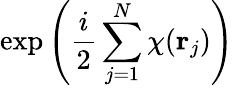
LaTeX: \exp\left({\frac{i}{2}}\sum_{j=1}^{N}\chi({\mathbf r}_{j})\right)